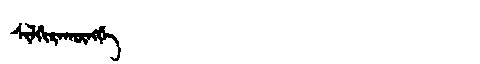
Manchu: ᠰᡳᠯᡤᡳᡵᠠᡴᡡᠩᡤᡝ
Romanization: SILGIRAKŪNGGE